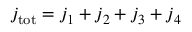
j _ { \mathrm { t o t } } = j _ { 1 } + j _ { 2 } + j _ { 3 } + j _ { 4 }